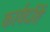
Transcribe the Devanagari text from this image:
कार्यदर्शि